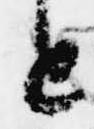
と